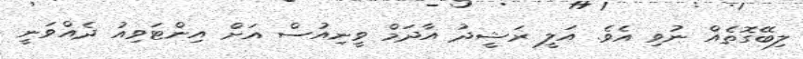
ލިބޭގޮތެއް ނުވި އެވެ. އަލީ ރަޝީދު އާދަމް ވީނިއުސް އަށް އިންޓަވިއު ދެއްވަނީ